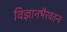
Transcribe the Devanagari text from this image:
विज्ञानभैरवतन्त्र